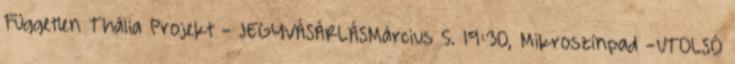
Független Thália Projekt - JEGYVÁSÁRLÁSMárcius 5. 19:30, Mikroszínpad -UTOLSÓ